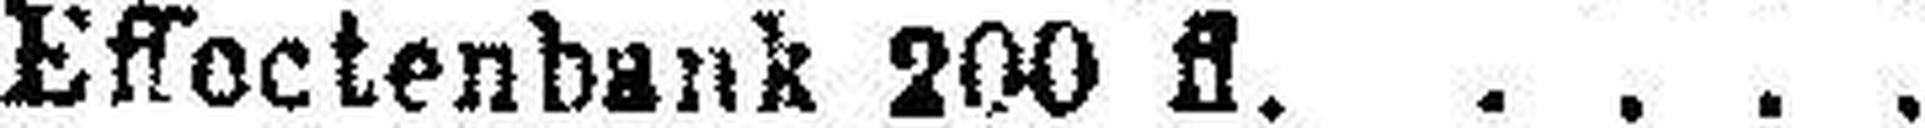
Effoctenbank 200 fl.